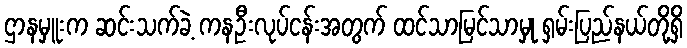
ဌာနမှူးက ဆင်းသက်ခဲ့ ကနဦးလုပ်ငန်းအတွက် ထင်သာမြင်သာမှု ရှမ်းပြည်နယ်တို့ရှိ